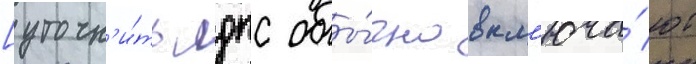
[уточн'и́ть лдпс обы́чно вкл'юча́ют